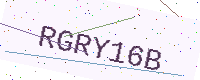
Text: RGRY16B